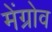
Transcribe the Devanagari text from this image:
मेंग्रोव